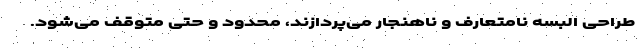
طراحی البسه نامتعارف و ناهنجار می‌پردازند، محدود و حتی متوقف می‌شود.